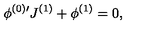
\phi ^ { ( 0 ) \prime } J ^ { ( 1 ) } + \phi ^ { ( 1 ) } = 0 , \,